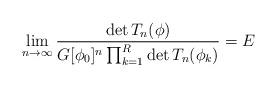
LaTeX: \begin{align*}\lim_{n\to\infty} \frac{\det T_n(\phi)}{G[\phi_0]^n \prod_{k=1}^R \det T_n(\phi_k)}=E\end{align*}